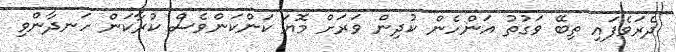
ދެރަވެފައި ތިބޭ ވަގުތު އަންހެން ކުދިން ވަރަށް މޮޔަ ކަންކަންވެސް ކުރާކަން ހަނދާންވި